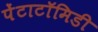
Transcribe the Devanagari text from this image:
पेंटाटॉमिडी